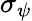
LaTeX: \sigma_{\psi}